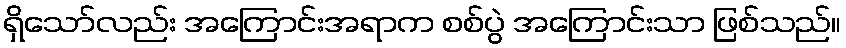
ရှိသော်လည်း အကြောင်းအရာက စစ်ပွဲ အကြောင်းသာ ဖြစ်သည်။